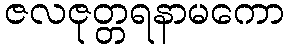
ဇလဇုတ္တရနာမကော